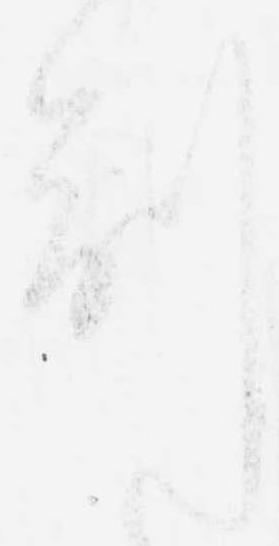
副